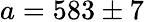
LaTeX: a=583\pm 7